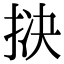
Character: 𪭱